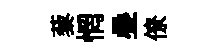
藜惘疊僚